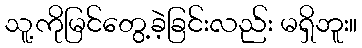
သူ့ကိုမြင်တွေ့ခဲ့ခြင်းလည်း မရှိဘူး။